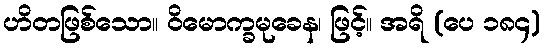
ဟိတဖြစ်သော။ ဝိမောက္ခမုခေန၊ ဖြင့်။ အရိ (ပေ ၁၈၄)